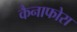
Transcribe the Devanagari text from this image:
कैनाफोरा